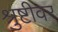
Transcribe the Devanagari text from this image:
श्रुष्टीवर